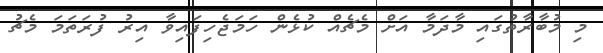
މި މުބާރާތުގައި މާދަމާ އަށް މެޗެއް ކުޅެން ހަމަޖެހިފައިވާ އިރު ފުރަތަމަ މެޗު